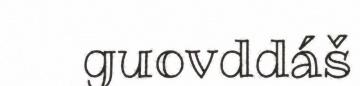
guovddáš